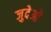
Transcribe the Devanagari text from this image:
जुदेओ